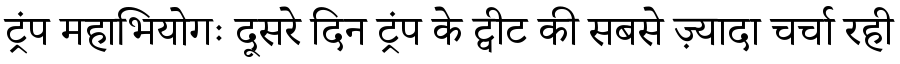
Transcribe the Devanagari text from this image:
ट्रंप महाभियोगः दूसरे दिन ट्रंप के ट्वीट की सबसे ज़्यादा चर्चा रही